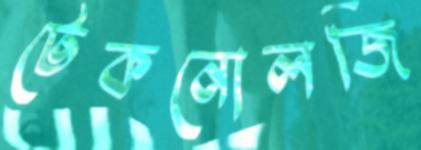
টেকনোলজি